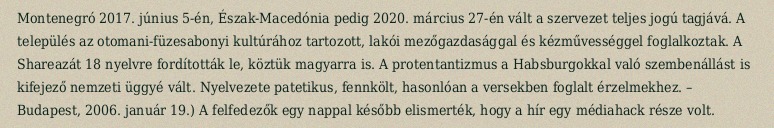
Montenegró 2017. június 5-én, Észak-Macedónia pedig 2020. március 27-én vált a szervezet teljes jogú tagjává. A település az otomani-füzesabonyi kultúrához tartozott, lakói mezőgazdasággal és kézművességgel foglalkoztak. A Shareazát 18 nyelvre fordították le, köztük magyarra is. A protentantizmus a Habsburgokkal való szembenállást is kifejező nemzeti üggyé vált. Nyelvezete patetikus, fennkölt, hasonlóan a versekben foglalt érzelmekhez. – Budapest, 2006. január 19.) A felfedezők egy nappal később elismerték, hogy a hír egy médiahack része volt.